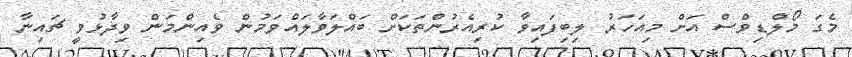
މެގަ މޯލްޑިވްސް އަށް މިއަހަރު ލިބިފައިވާ ކުރިއެރުންތަކަށް ބައްލަވާލައްވަމުން ވެއިންމަން ވިދާޅުވީ ޗައިނާ